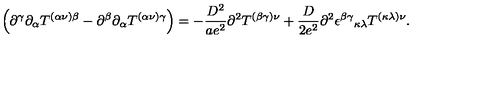
\left( \partial ^ { \gamma } \partial _ { \alpha } T ^ { ( \alpha \nu ) \beta } - \partial ^ { \beta } \partial _ { \alpha } T ^ { ( \alpha \nu ) \gamma } \right) = - \frac { D ^ { 2 } } { a e ^ { 2 } } \partial ^ { 2 } T ^ { ( \beta \gamma ) \nu } + \frac { D } { 2 e ^ { 2 } } \partial ^ { 2 } \epsilon ^ { \beta \gamma } { } _ { \kappa \lambda } T ^ { ( \kappa \lambda ) \nu } .